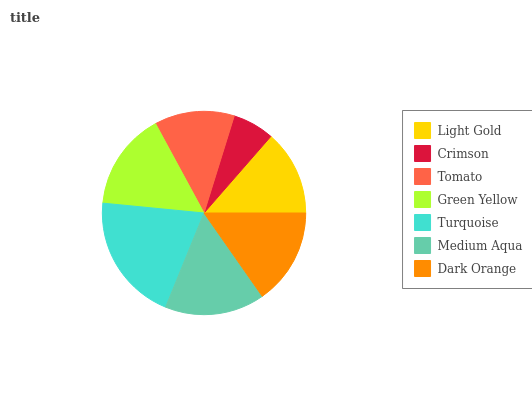
| Light Gold | Crimson | Tomato | Green Yellow | Turquoise | Medium Aqua | Dark Orange |
 | --- | --- | --- | --- | --- | --- | --- |
 | 13.6% | 6.62% | 12.7% | 15.5% | 20.4% | 15.9% | 15.3% |